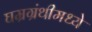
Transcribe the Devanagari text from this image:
घम्रग्रंथीमध्ये